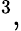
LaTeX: ^3,